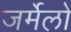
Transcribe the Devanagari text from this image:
जर्मेलो